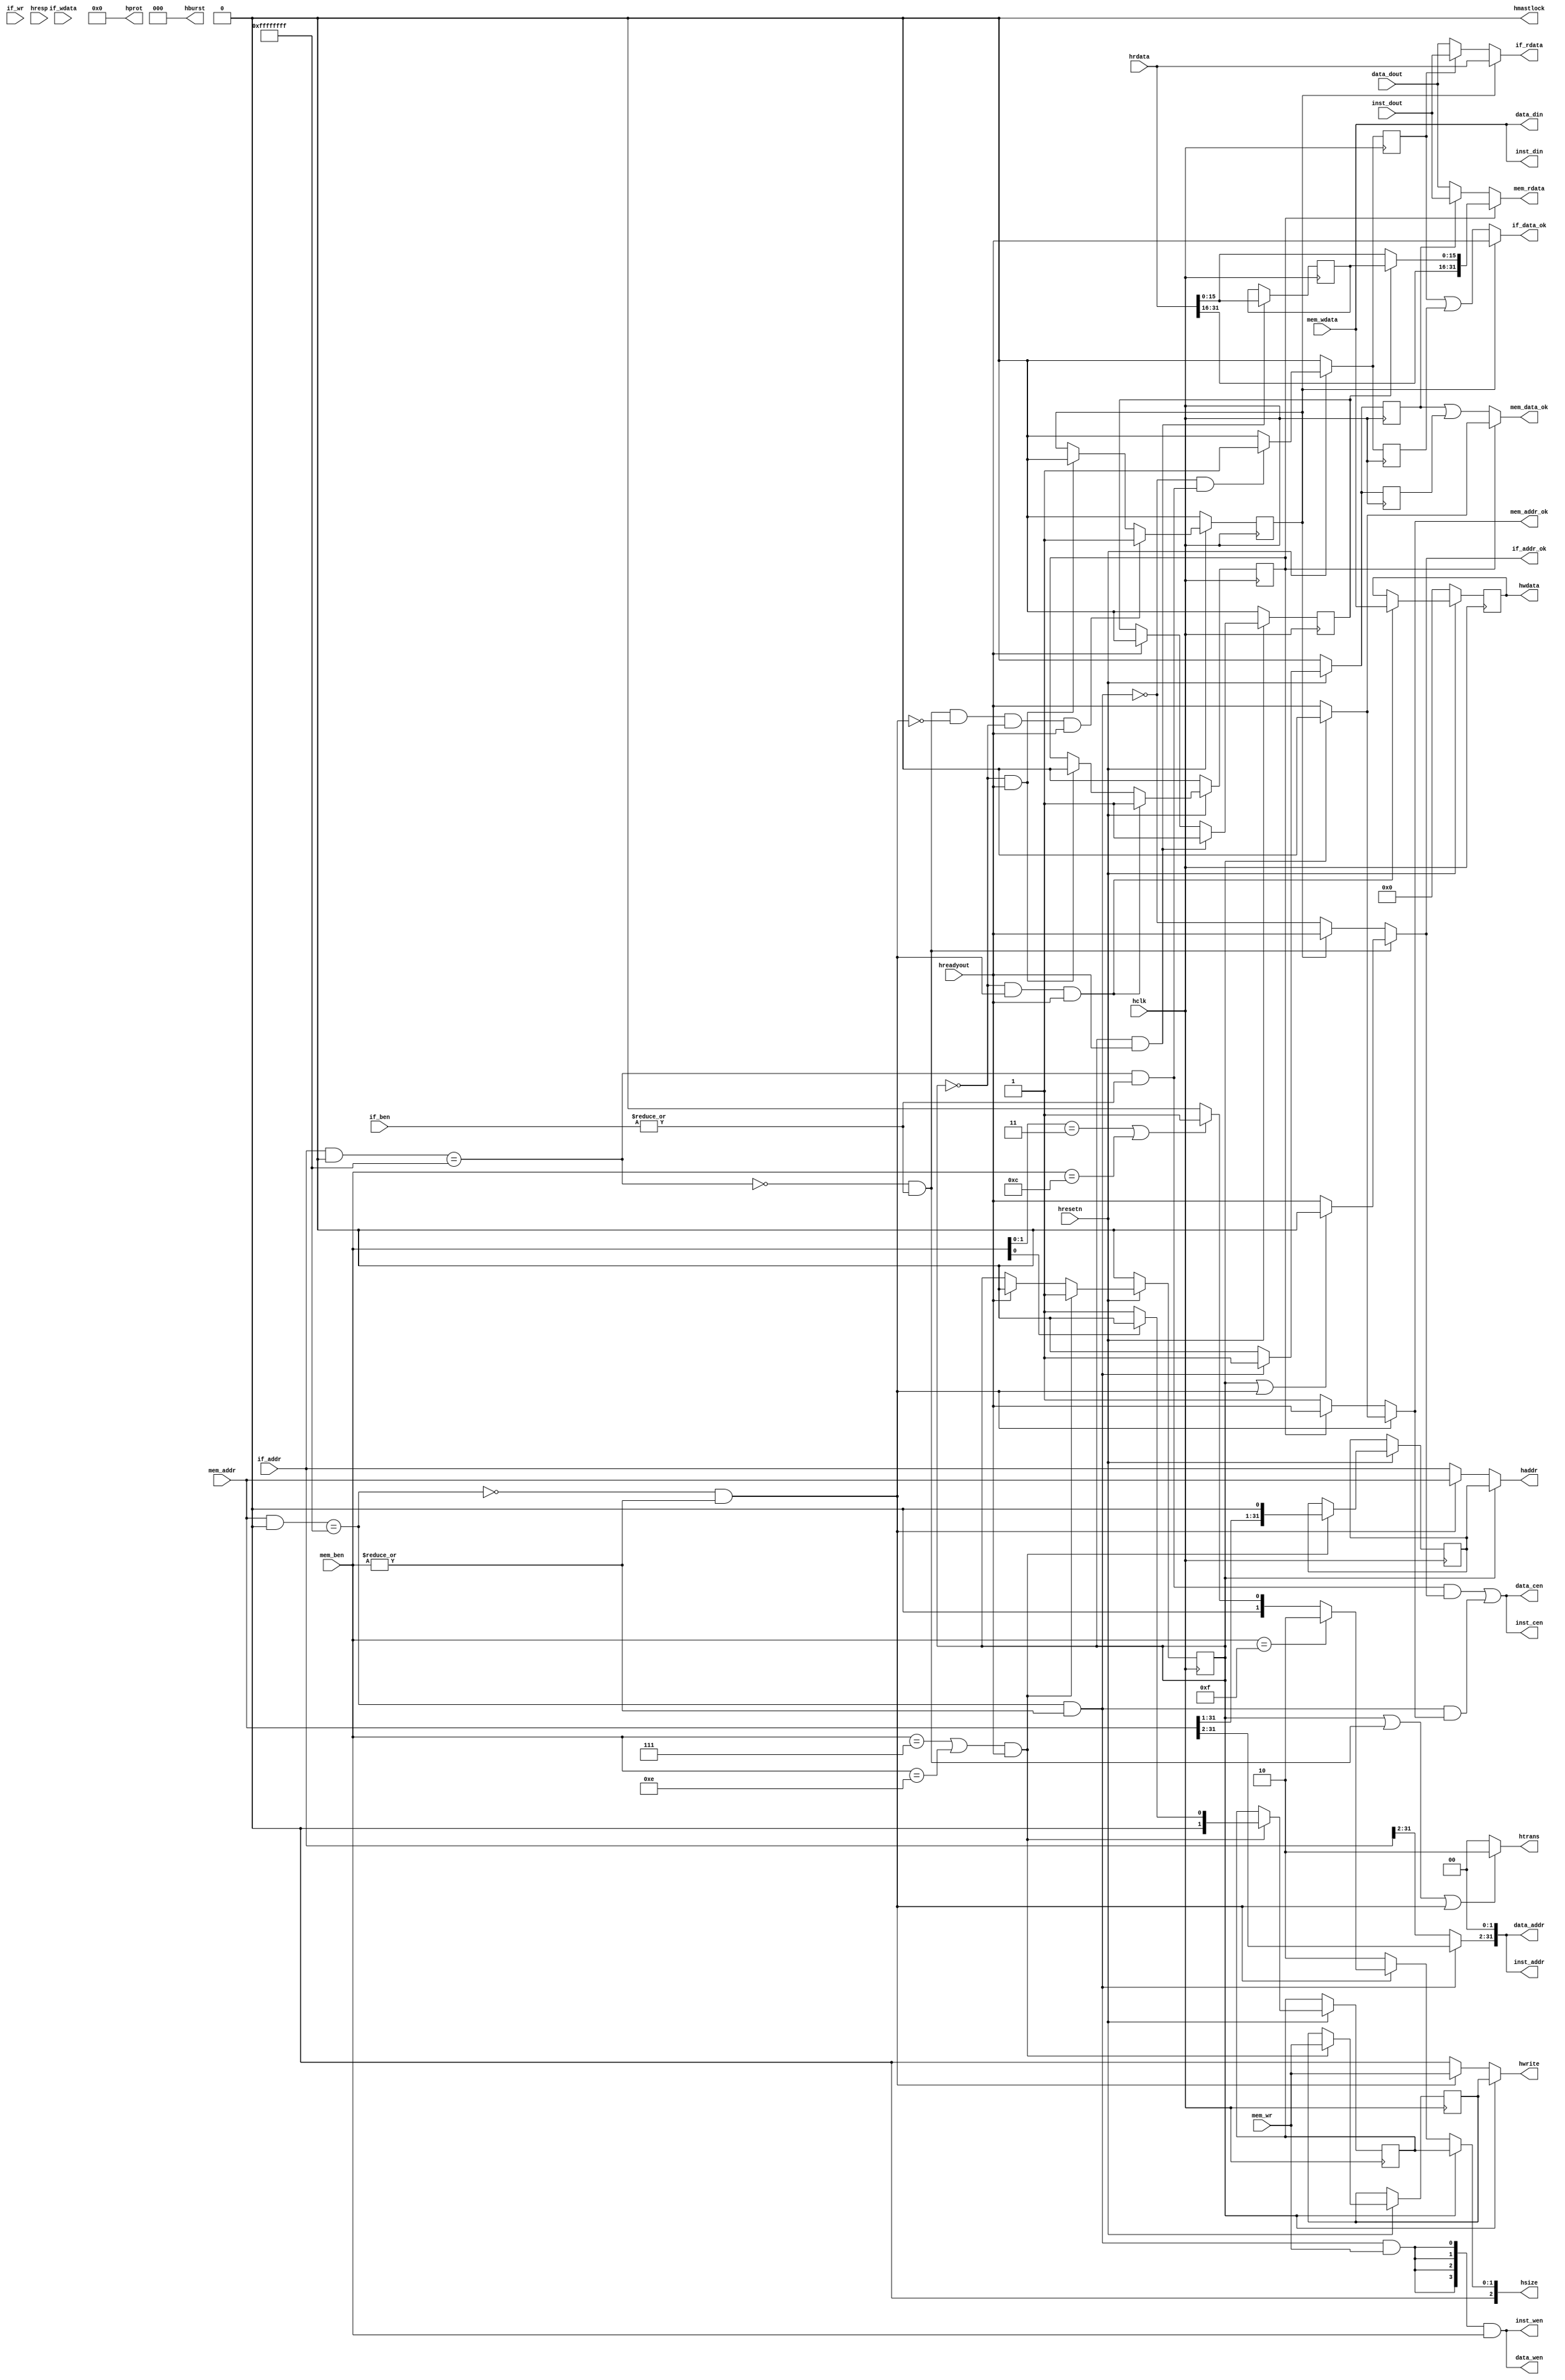
/*------------------------------------------------------------------------------
--------------------------------------------------------------------------------
Copyright (c) 2016, Loongson Technology Corporation Limited.

All rights reserved.

Redistribution and use in source and binary forms, with or without modification,
are permitted provided that the following conditions are met:

1. Redistributions of source code must retain the above copyright notice, this 
list of conditions and the following disclaimer.

2. Redistributions in binary form must reproduce the above copyright notice, 
this list of conditions and the following disclaimer in the documentation and/or
other materials provided with the distribution.

3. Neither the name of Loongson Technology Corporation Limited nor the names of 
its contributors may be used to endorse or promote products derived from this 
software without specific prior written permission.

THIS SOFTWARE IS PROVIDED BY THE COPYRIGHT HOLDERS AND CONTRIBUTORS "AS IS" AND 
ANY EXPRESS OR IMPLIED WARRANTIES, INCLUDING, BUT NOT LIMITED TO, THE IMPLIED 
WARRANTIES OF MERCHANTABILITY AND FITNESS FOR A PARTICULAR PURPOSE ARE 
DISCLAIMED. IN NO EVENT SHALL LOONGSON TECHNOLOGY CORPORATION LIMITED BE LIABLE
TO ANY PARTY FOR DIRECT, INDIRECT, INCIDENTAL, SPECIAL, EXEMPLARY, OR 
CONSEQUENTIAL DAMAGES (INCLUDING, BUT NOT LIMITED TO, PROCUREMENT OF SUBSTITUTE 
GOODS OR SERVICES; LOSS OF USE, DATA, OR PROFITS; OR BUSINESS INTERRUPTION) 
HOWEVER CAUSED AND ON ANY THEORY OF LIABILITY, WHETHER IN CONTRACT, STRICT 
LIABILITY, OR TORT (INCLUDING NEGLIGENCE OR OTHERWISE) ARISING IN ANY WAY OUT OF
THE USE OF THIS SOFTWARE, EVEN IF ADVISED OF THE POSSIBILITY OF SUCH DAMAGE.
--------------------------------------------------------------------------------
------------------------------------------------------------------------------*/
`define INST_SRAM_MASK     32'h0000_0000
`define INST_SRAM_WINDOW   32'hffff_ffff
`define DATA_SRAM_MASK     32'h0000_0000
`define DATA_SRAM_WINDOW   32'hffff_ffff

module sramlike_to_ahb(
    //fetch like-sram interface
    input  [ 3:0]  if_ben,
    input  [31:0]  if_wdata,
    input          if_wr,
    input  [31:0]  if_addr,
    output         if_addr_ok,
    output         if_data_ok,
    output [31:0]  if_rdata,

    //mem like-sram interface
    input  [ 3:0]  mem_ben,
    input  [31:0]  mem_wdata,
    input          mem_wr,
    input  [31:0]  mem_addr,
    output         mem_addr_ok,
    output         mem_data_ok,
    output [31:0]  mem_rdata,

    //ahb-lite interface
    input hclk,
    input hresetn,
    
    output [1 :0] htrans,
    output [2 :0] hsize,
    output [31:0] haddr,
    output        hwrite,
    output [31:0] hwdata,
    output [2 :0] hburst,
    output        hmastlock,
    output [3 :0] hprot,

    input  [31:0] hrdata,
    input         hreadyout,
    input         hresp,

    //inst sram
    output        inst_cen,
    output [3 :0] inst_wen,
    output [31:0] inst_addr,
    output [31:0] inst_din,
    input  [31:0] inst_dout,
    //data sram
    output        data_cen,
    output [3 :0] data_wen,
    output [31:0] data_addr,
    output [31:0] data_din,
    input  [31:0] data_dout

);

//fetch or mem transfer
wire if_valid;
wire mem_valid;
assign if_valid  = |if_ben;
assign mem_valid = |mem_ben;

//sel
wire if_sel_i_sram;
wire if_sel_d_sram;
wire if_sel_ahb;
wire mem_sel_i_sram;
wire mem_sel_d_sram;
wire mem_sel_ahb;
assign if_sel_i_sram  = (if_addr & `INST_SRAM_MASK) == `INST_SRAM_WINDOW;
assign if_sel_d_sram  = (if_addr & `DATA_SRAM_MASK) == `DATA_SRAM_WINDOW;
assign if_sel_ahb     = !if_sel_i_sram && !if_sel_d_sram;
assign mem_sel_i_sram = (mem_addr & `INST_SRAM_MASK) == `INST_SRAM_WINDOW;
assign mem_sel_d_sram = (mem_addr & `DATA_SRAM_MASK) == `DATA_SRAM_WINDOW;
assign mem_sel_ahb    = !mem_sel_i_sram && !mem_sel_d_sram;

//sel&valid
wire if_i_sram_valid  = if_sel_i_sram  && if_valid;
wire if_d_sram_valid  = if_sel_d_sram  && if_valid;
wire if_ahb_valid     = if_sel_ahb     && if_valid;
wire mem_i_sram_valid = mem_sel_i_sram && mem_valid;
wire mem_d_sram_valid = mem_sel_d_sram && mem_valid;
wire mem_ahb_valid    = mem_sel_ahb    && mem_valid;

//------------------------{inst sram}begin----------------------------//
assign inst_cen        = if_i_sram_valid && if_addr_ok || mem_i_sram_valid && mem_addr_ok;
assign inst_wen        = {4{mem_i_sram_valid & mem_wr}} & mem_ben;
assign inst_addr[31:2] = mem_i_sram_valid ? mem_addr[31:2] : if_addr[31:2];
assign inst_addr[1 :0] = 2'b00;
assign inst_din        = mem_wdata;
//inst_dout
//-------------------------{inst sram}end-----------------------------//

//------------------------{data sram}begin----------------------------//
assign data_cen        = if_d_sram_valid && if_addr_ok || mem_d_sram_valid && mem_addr_ok;
assign data_wen        = {4{mem_d_sram_valid & mem_wr}} & mem_ben;
assign data_addr[31:2] = mem_d_sram_valid ? mem_addr[31:2] : if_addr[31:2];
assign data_addr[1 :0] = 2'b00;
assign data_din        = mem_wdata;
//data_dout
//-------------------------{data sram}end-----------------------------//

//------------------------{ahb-lite}begin-----------------------------//
//mem 3 bytes
reg mem_3bytes;
reg [31:0] mem_3bytes_addr;
reg [1 :0] mem_3bytes_size;
reg        mem_3bytes_write;
always @(posedge hclk)
begin
    if(!hresetn)
    begin
        mem_3bytes <= 1'b0;
    end
    else if( (mem_ben==4'b0111||mem_ben==4'b1110) && hreadyout)
    begin
        mem_3bytes <= 1'b1;
        mem_3bytes_addr  <= {mem_addr[31:1],1'b0};
        mem_3bytes_size  <= mem_ben[0] ? 2'd0 : 2'd1;
        mem_3bytes_write <= mem_wr;
    end
    else if (hreadyout)
    begin
        mem_3bytes <= 1'b0;
    end
end
//size 
wire [1:0] if_size;
wire [1:0] mem_size;
assign if_size  = 2'd2 ;
assign mem_size = (mem_ben==4'b1111) ? 2'd2 :
                  (mem_ben[1:0]==2'b11) || (mem_ben==4'b1100) ? 2'd1 : 2'd0;

//write data
reg [31:0] ahb_wdata;
always @(posedge hclk)
begin
    if(!hresetn)
    begin
        ahb_wdata <= 32'd0;
    end
    else if (!mem_3bytes && mem_ahb_valid && hreadyout)
    begin
        ahb_wdata <= mem_wdata;
    end
end
//interface
assign htrans    = (mem_3bytes || if_ahb_valid || mem_ahb_valid)? 2'b10 : 2'b00;  //NONSEQ:2'b10; IDLE:2'b00 
assign hsize     = mem_3bytes    ? mem_3bytes_size :
                   mem_ahb_valid ? mem_size : if_size;
assign haddr     = mem_3bytes    ? mem_3bytes_addr :
                   mem_ahb_valid ? mem_addr : if_addr;
assign hwrite    = mem_3bytes    ? mem_3bytes_write :
                   mem_ahb_valid ? mem_wr : 1'b0;
assign hwdata    = ahb_wdata;

assign hburst    = 3'd0;
assign hmastlock = 1'b0;
assign hprot     = 4'd0;
//-------------------------{ahb-lite}end------------------------------//

//---------------------{fetch interface}begin-------------------------//
reg if_wait_ahb_data;
reg if_wait_i_sram_data;
reg if_wait_d_sram_data;
always @(posedge hclk)
begin
    if (!hresetn)
    begin
        if_wait_ahb_data <= 1'b0;
    end
    else if (if_ahb_valid && !mem_ahb_valid && !mem_3bytes && hreadyout)
    begin
        if_wait_ahb_data <= 1'b1;
    end
    else if (!mem_3bytes && hreadyout)
    begin
        if_wait_ahb_data <= 1'b0;
    end

    if (!hresetn)
    begin
        if_wait_i_sram_data <= 1'b0;
    end
    else if (!mem_i_sram_valid && if_i_sram_valid)
    begin
        if_wait_i_sram_data <= 1'b1;
    end
    else
    begin
        if_wait_i_sram_data <= 1'b0;
    end

    if (!hresetn)
    begin
        if_wait_d_sram_data <= 1'b0;
    end
    else if (!mem_d_sram_valid && if_d_sram_valid)
    begin
        if_wait_d_sram_data <= 1'b1;
    end
    else
    begin
        if_wait_d_sram_data <= 1'b0;
    end
end

assign if_addr_ok = if_ahb_valid     ? (mem_3bytes||mem_ahb_valid ? 1'b0 : hreadyout) :
                    if_wait_ahb_data ? hreadyout                                      :
                    if_i_sram_valid  ? !mem_i_sram_valid : !mem_d_sram_valid          ; 
assign if_data_ok = if_wait_ahb_data ? hreadyout : if_wait_i_sram_data||if_wait_d_sram_data;
assign if_rdata   = if_wait_ahb_data ? hrdata : 
                    if_wait_i_sram_data ? inst_dout : data_dout;
//----------------------{fetch interface}end--------------------------//

//----------------------{mem interface}begin--------------------------//
reg mem_wait_ahb_data;
reg mem_wait_i_sram_data;
reg mem_wait_d_sram_data;
always @(posedge hclk)
begin
    if (!hresetn)
    begin
        mem_wait_ahb_data <= 1'b0;
    end
    else if (mem_ahb_valid && !mem_3bytes && hreadyout)
    begin
        mem_wait_ahb_data <= 1'b1;
    end
    else if (!mem_3bytes && hreadyout)
    begin
        mem_wait_ahb_data <= 1'b0;
    end

    if (!hresetn)
    begin
        mem_wait_i_sram_data <= 1'b0;
    end
    else if (mem_i_sram_valid)
    begin
        mem_wait_i_sram_data <= 1'b1;
    end
    else
    begin
        mem_wait_i_sram_data <= 1'b0;
    end

    if (!hresetn)
    begin
        mem_wait_d_sram_data <= 1'b0;
    end
    else if (mem_d_sram_valid)
    begin
        mem_wait_d_sram_data <= 1'b1;
    end
    else
    begin
        mem_wait_d_sram_data <= 1'b0;
    end
end

//mem 3bytes data
reg        mem_con;
reg [15:0] mem_3bytes_data;
always @(posedge hclk)
begin
    if(mem_3bytes && hreadyout)
    begin
        mem_3bytes_data <= hrdata[15:0];
    end

    if (!hresetn)
    begin
        mem_con <= 1'b0;
    end
    else if (mem_3bytes && hreadyout)
    begin
        mem_con <= 1'b1;
    end
    else if (hreadyout)
    begin
        mem_con <= 1'b0;
    end
end
wire [31:0] mem_ahb_data;
assign mem_ahb_data = mem_con ? {hrdata[31:16],mem_3bytes_data} : hrdata;

assign mem_addr_ok = mem_ahb_valid ? (mem_3bytes ? 1'b0 : hreadyout) : 
                     mem_wait_ahb_data ? hreadyout : 1'b1; 
assign mem_data_ok = mem_wait_ahb_data ? (mem_3bytes ? 1'b0 : hreadyout) :
                                         mem_wait_i_sram_data||mem_wait_d_sram_data;
assign mem_rdata   = mem_wait_ahb_data ? mem_ahb_data : 
                     mem_wait_i_sram_data ? inst_dout : data_dout;
//-----------------------{mem interface}end---------------------------//
endmodule